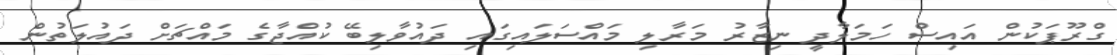
ގްރޫޕަކުން އައިސް ހަމަލާދީ ނިޒާރު މަރާލި މައްސަލައިގައި ދައުވާލިބޭ ކުއްޖާގެ މައްޗަށް ދައުލަތުން